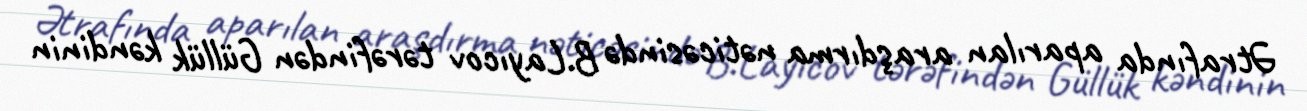
Ətrafında aparılan araşdırma nəticəsində B.Layıcov tərəfindən Güllük kəndinin